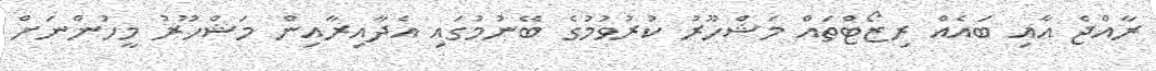
ރާއްޖެ އާއި ބައެއް ރިޒޯޓްތައް މަޝްހޫރު ކުރުވުމުގެ ބޭނުމުގައި އެދާއިރާއިން މަޝްހޫރު މީހުންނަށް